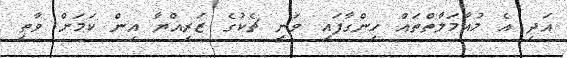
އަދި އެ މުއާމަލާތްތައް ހިންގާފައި ވަނީ ޗެކުގެ ޒަރިއްޔާ އިން ކަމަށް ވާތީ